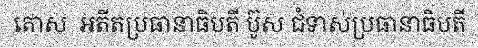
តោស  អតីតប្រធានាធិបតី ប៊ូស ជំទាស់ប្រធានាធិបតី